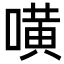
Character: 𠾛